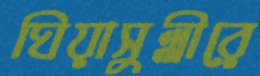
ঘিয়াসুল্লীরে